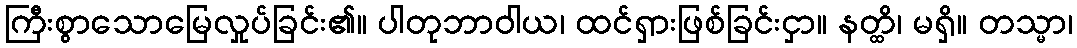
ကြီးစွာသောမြေလှုပ်ခြင်း၏။ ပါတုဘာဝါယ၊ ထင်ရှားဖြစ်ခြင်းငှာ။ နတ္ထိ၊ မရှိ။ တသ္မာ၊